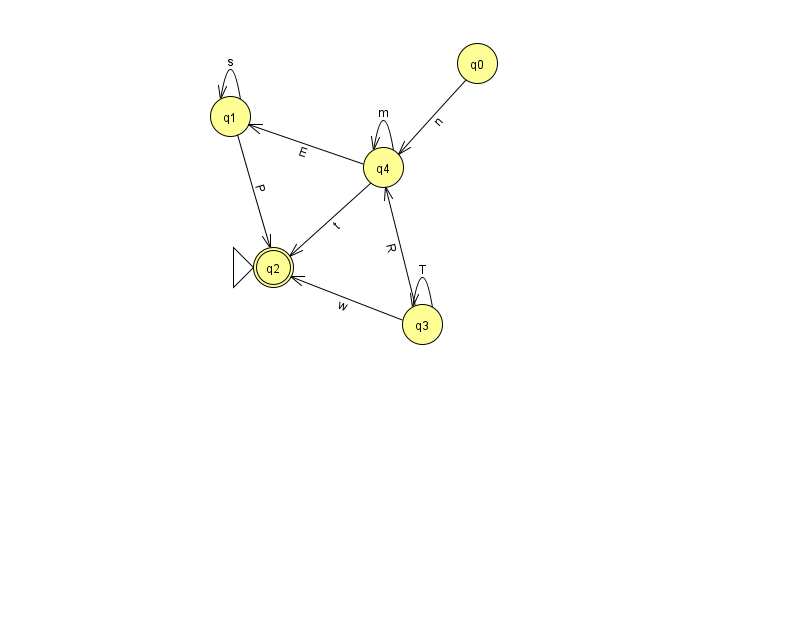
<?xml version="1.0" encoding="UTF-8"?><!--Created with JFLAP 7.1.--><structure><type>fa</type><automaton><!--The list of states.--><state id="0" name="q0"><x>477.0</x><y>50.0</y></state><state id="1" name="q1"><x>230.0</x><y>103.0</y></state><state id="2" name="q2"><x>273.0</x><y>254.0</y><initial/><final/></state><state id="3" name="q3"><x>422.0</x><y>311.0</y></state><state id="4" name="q4"><x>383.0</x><y>154.0</y></state><!--The list of transitions.--><transition><from>4</from><to>1</to><read>E</read></transition><transition><from>4</from><to>2</to><read>t</read></transition><transition><from>1</from><to>2</to><read>P</read></transition><transition><from>1</from><to>1</to><read>s</read></transition><transition><from>3</from><to>3</to><read>T</read></transition><transition><from>0</from><to>4</to><read>n</read></transition><transition><from>3</from><to>4</to><read>R</read></transition><transition><from>3</from><to>2</to><read>w</read></transition><transition><from>4</from><to>4</to><read>m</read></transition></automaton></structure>